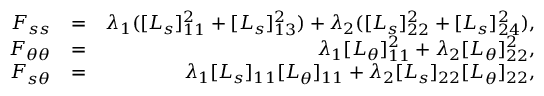
\begin{array} { r l r } { F _ { s s } } & { = } & { \lambda _ { 1 } ( [ L _ { s } ] _ { 1 1 } ^ { 2 } + [ L _ { s } ] _ { 1 3 } ^ { 2 } ) + \lambda _ { 2 } ( [ L _ { s } ] _ { 2 2 } ^ { 2 } + [ L _ { s } ] _ { 2 4 } ^ { 2 } ) , } \\ { F _ { \theta \theta } } & { = } & { \lambda _ { 1 } [ L _ { \theta } ] _ { 1 1 } ^ { 2 } + \lambda _ { 2 } [ L _ { \theta } ] _ { 2 2 } ^ { 2 } , } \\ { F _ { s \theta } } & { = } & { \lambda _ { 1 } [ L _ { s } ] _ { 1 1 } [ L _ { \theta } ] _ { 1 1 } + \lambda _ { 2 } [ L _ { s } ] _ { 2 2 } [ L _ { \theta } ] _ { 2 2 } , } \end{array}